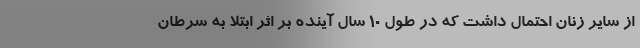
از سایر زنان احتمال داشت که در طول ۱۰ سال آینده بر اثر ابتلا به سرطان